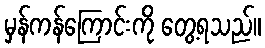
မှန်ကန်ကြောင်းကို တွေ့ရသည်။